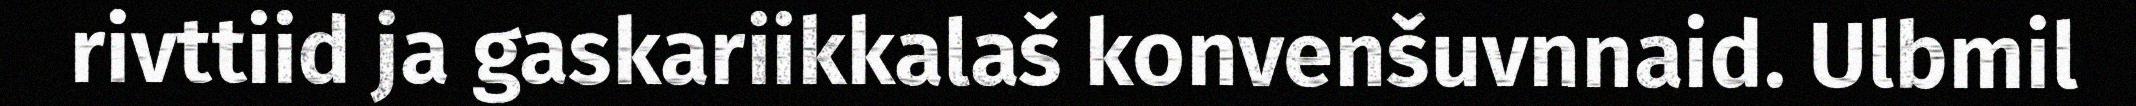
rivttiid ja gaskariikkalaš konvenšuvnnaid. Ulbmil